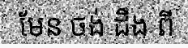
មែន ចង់ ដឹង ពី